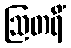
ဩတရိံ